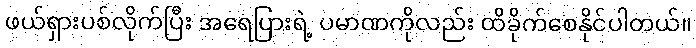
ဖယ်ရှားပစ်လိုက်ပြီး အရေပြားရဲ့ ပမာဏကိုလည်း ထိခိုက်စေနိုင်ပါတယ်။